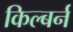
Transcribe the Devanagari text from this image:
किल्बर्न